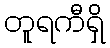
တူရကီရှိ